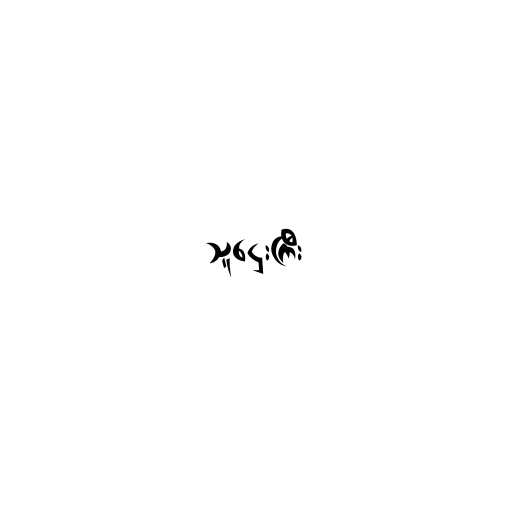
သူဌေးကြီး